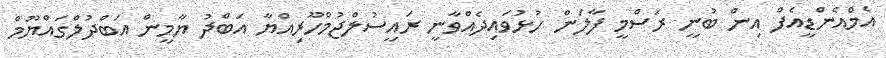
އެމްއެންޑީއެފް އިން ބުނީ ރަސްމީ ފާލަން ހުޅުވައިދެއްވާނީ ރައީސުލްޖުމްހޫރިއްޔާ އަބްދު ޔާމީން އަބްދުލްގައްޔޫމް